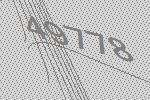
49778